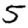
Digit: 5